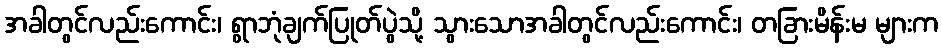
အခါတွင်လည်းကောင်း၊ ရွာဘုံချက်ပြုတ်ပွဲသို့ သွားသောအခါတွင်လည်းကောင်း၊ တခြားမိန်းမ များက